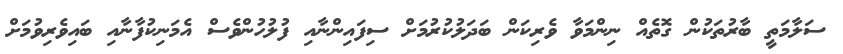
ސަލާމަތީ ބާރުތަކުން ގޮތެއް ނިންމަވާ ވެރިކަން ބަދަލުކުރުމަށް ސިފައިންނާއި ފުލުހުންވެސް އެމަނިކުފާނާއި ބައިވެރިވުމަށް